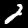
Label: 2